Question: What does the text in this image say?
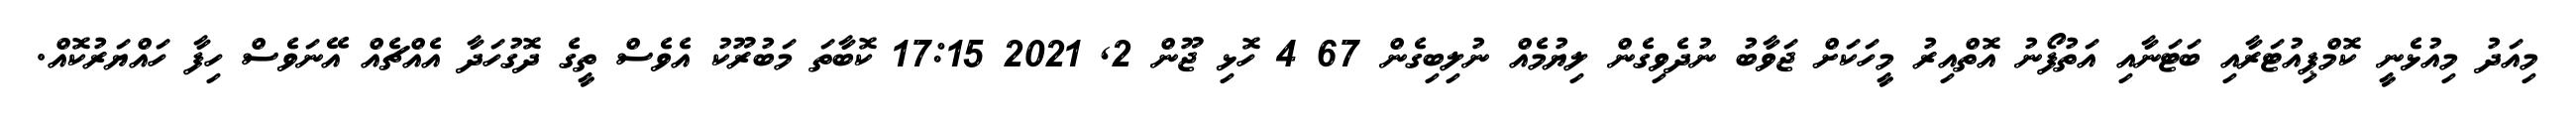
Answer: މިއަދު މިއުޅެނީ ކޮމްޕިއުޓަރާއި ބަޓަނާއި އަތުފޯނު އޮތްއިރު މީހަކަށް ޖަވާބު ނުދެވިގެން ލިޔުމެއް ނުލިބިގެން 67 4 ހޮޅި ޖޫން 2, 2021 17:15 ކޮބާތަ މަބުރޫކު އެވެސް ތީގެ ދޮގުހަދާ އެއްޗެއް އޭނަވެސް ހިފާ ހައްޔަރުކޮއް.